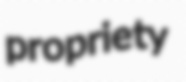
propriety